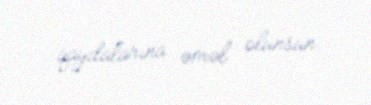
qaydalarına əməl olunsun.